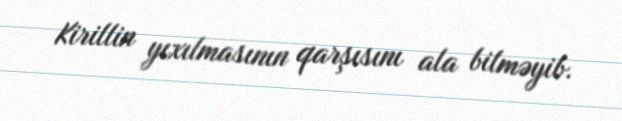
Kirillin yıxılmasının qarşısını ala bilməyib.